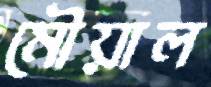
মৌয়াল